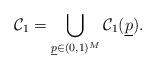
LaTeX: \begin{align*}{\cal C}_1 = \bigcup_{ \underline{p} \in (0,1)^{M} } {\cal C}_1(\underline{p}).\end{align*}